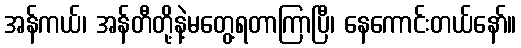
အန်ကယ်၊ အန်တီတို့နဲ့မတွေ့ရတာကြာပြီ၊ နေကောင်းတယ်နော်။